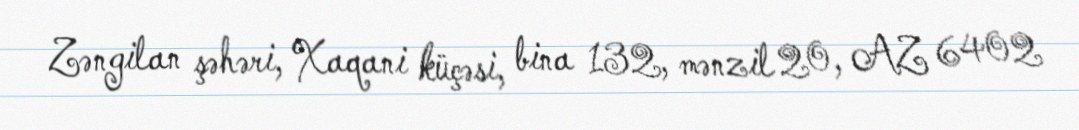
Zəngilan şəhəri, Xaqani küçəsi, bina 132, mənzil 20, AZ 6402